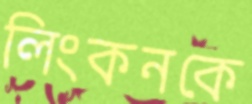
লিংকনকে